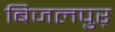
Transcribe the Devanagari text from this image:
बिजलपुर्